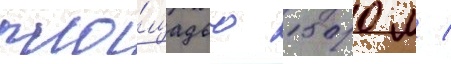
пло́щадью 1500 м /